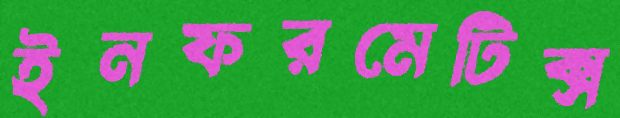
ইনফরমেটিক্স